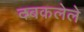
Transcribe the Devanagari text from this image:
दबकलेले